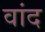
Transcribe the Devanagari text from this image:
वांद